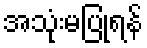
အသုံးမပြုရန်